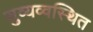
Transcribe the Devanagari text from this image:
सुव्यव्वस्थित